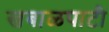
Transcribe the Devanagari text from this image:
खबाळपाटी